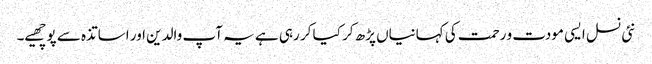
نئی نسل ایسی مودت و رحمت کی کہانیاں پڑھ کر کیا کر رہی ہے یہ آپ والدین اور اساتذہ سے پوچھیے۔